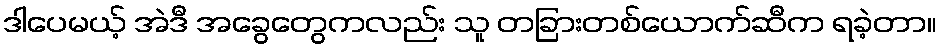
ဒါပေမယ့် အဲဒီ အခွေတွေကလည်း သူ တခြားတစ်ယောက်ဆီက ရခဲ့တာ။